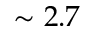
\sim 2 . 7